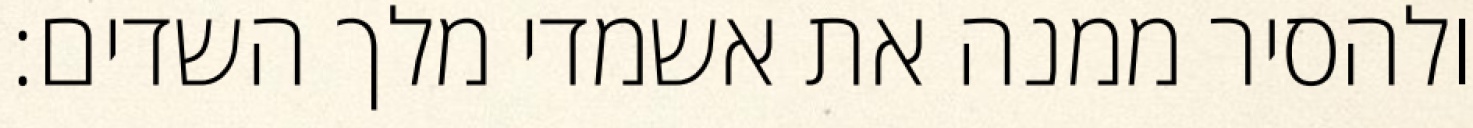
ולהסיר ממנה את אשמדי מלך השדים: